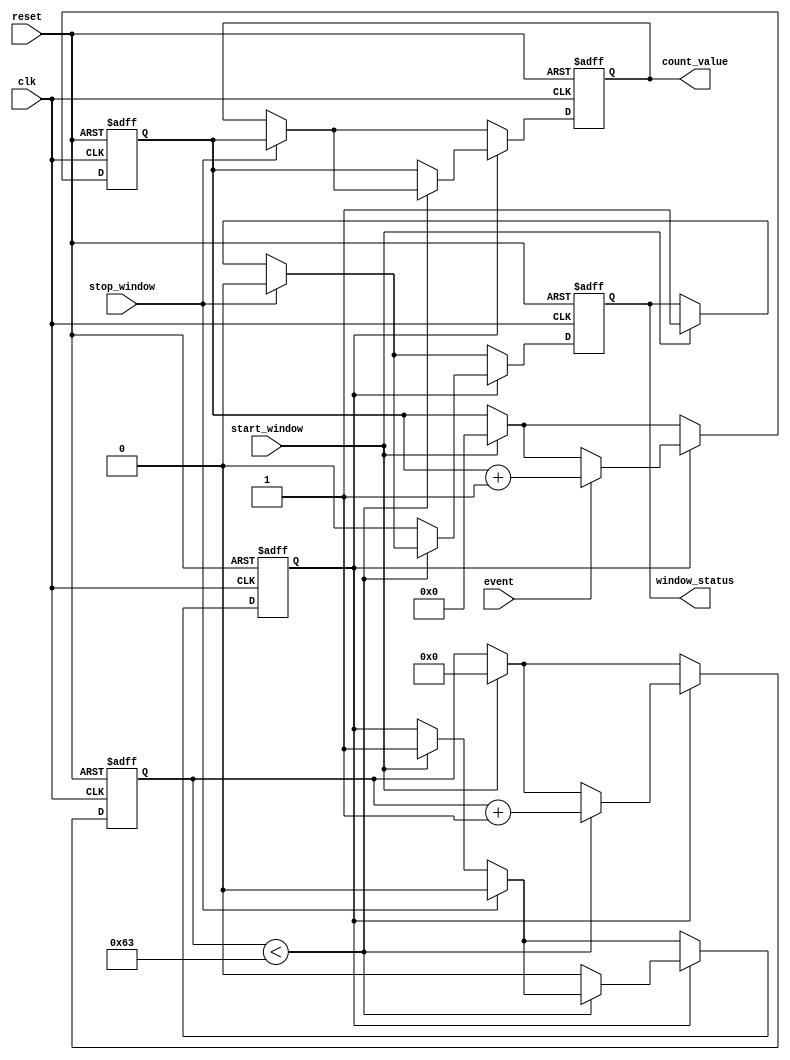
module windowed_counter #(
    parameter WIDTH = 8,               // Bit width of the counter
    parameter WINDOW_DURATION = 100    // Duration of the counting window in clock cycles
)(
    input wire clk,                    // Clock signal
    input wire event,                  // Event input signal
    input wire start_window,           // Signal to start the counting window
    input wire stop_window,            // Signal to stop the counting window
    input wire reset,                  // Asynchronous reset signal
    output reg [WIDTH-1:0] count_value, // Stored count value
    output reg window_status           // Indicates if the counter is active
);

    reg [WIDTH-1:0] counter;           // Counter register
    reg [6:0] window_counter;           // Counter for window duration
    reg counting;                       // Internal state for counting

    // Asynchronous reset
    always @(posedge clk or posedge reset) begin
        if (reset) begin
            counter <= 0;
            count_value <= 0;
            window_counter <= 0;
            counting <= 0;
            window_status <= 0;
        end else begin
            // Start counting on start_window signal
            if (start_window) begin
                counting <= 1;
                counter <= 0; // Reset counter when window starts
                window_counter <= 0;
                window_status <= 1; // Set window status to active
            end
            
            // Stop counting on stop_window signal
            if (stop_window) begin
                counting <= 0;
                count_value <= counter; // Latch the count value
                window_status <= 0; // Set window status to inactive
            end
            
            // Counting logic
            if (counting) begin
                if (event) begin
                    counter <= counter + 1; // Increment counter on event
                end

                // Window duration control
                if (window_counter < WINDOW_DURATION - 1) begin
                    window_counter <= window_counter + 1; // Increment window counter
                end else begin
                    counting <= 0; // Stop counting when window duration is reached
                    count_value <= counter; // Latch the final count value
                    window_status <= 0; // Set window status to inactive
                end
            end
        end
    end

endmodule